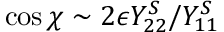
\cos \chi \sim 2 \epsilon Y _ { 2 2 } ^ { S } / Y _ { 1 1 } ^ { S }